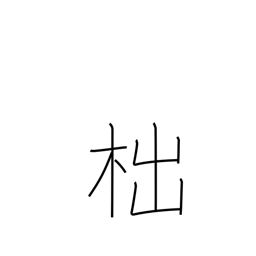
Meaning: a stump